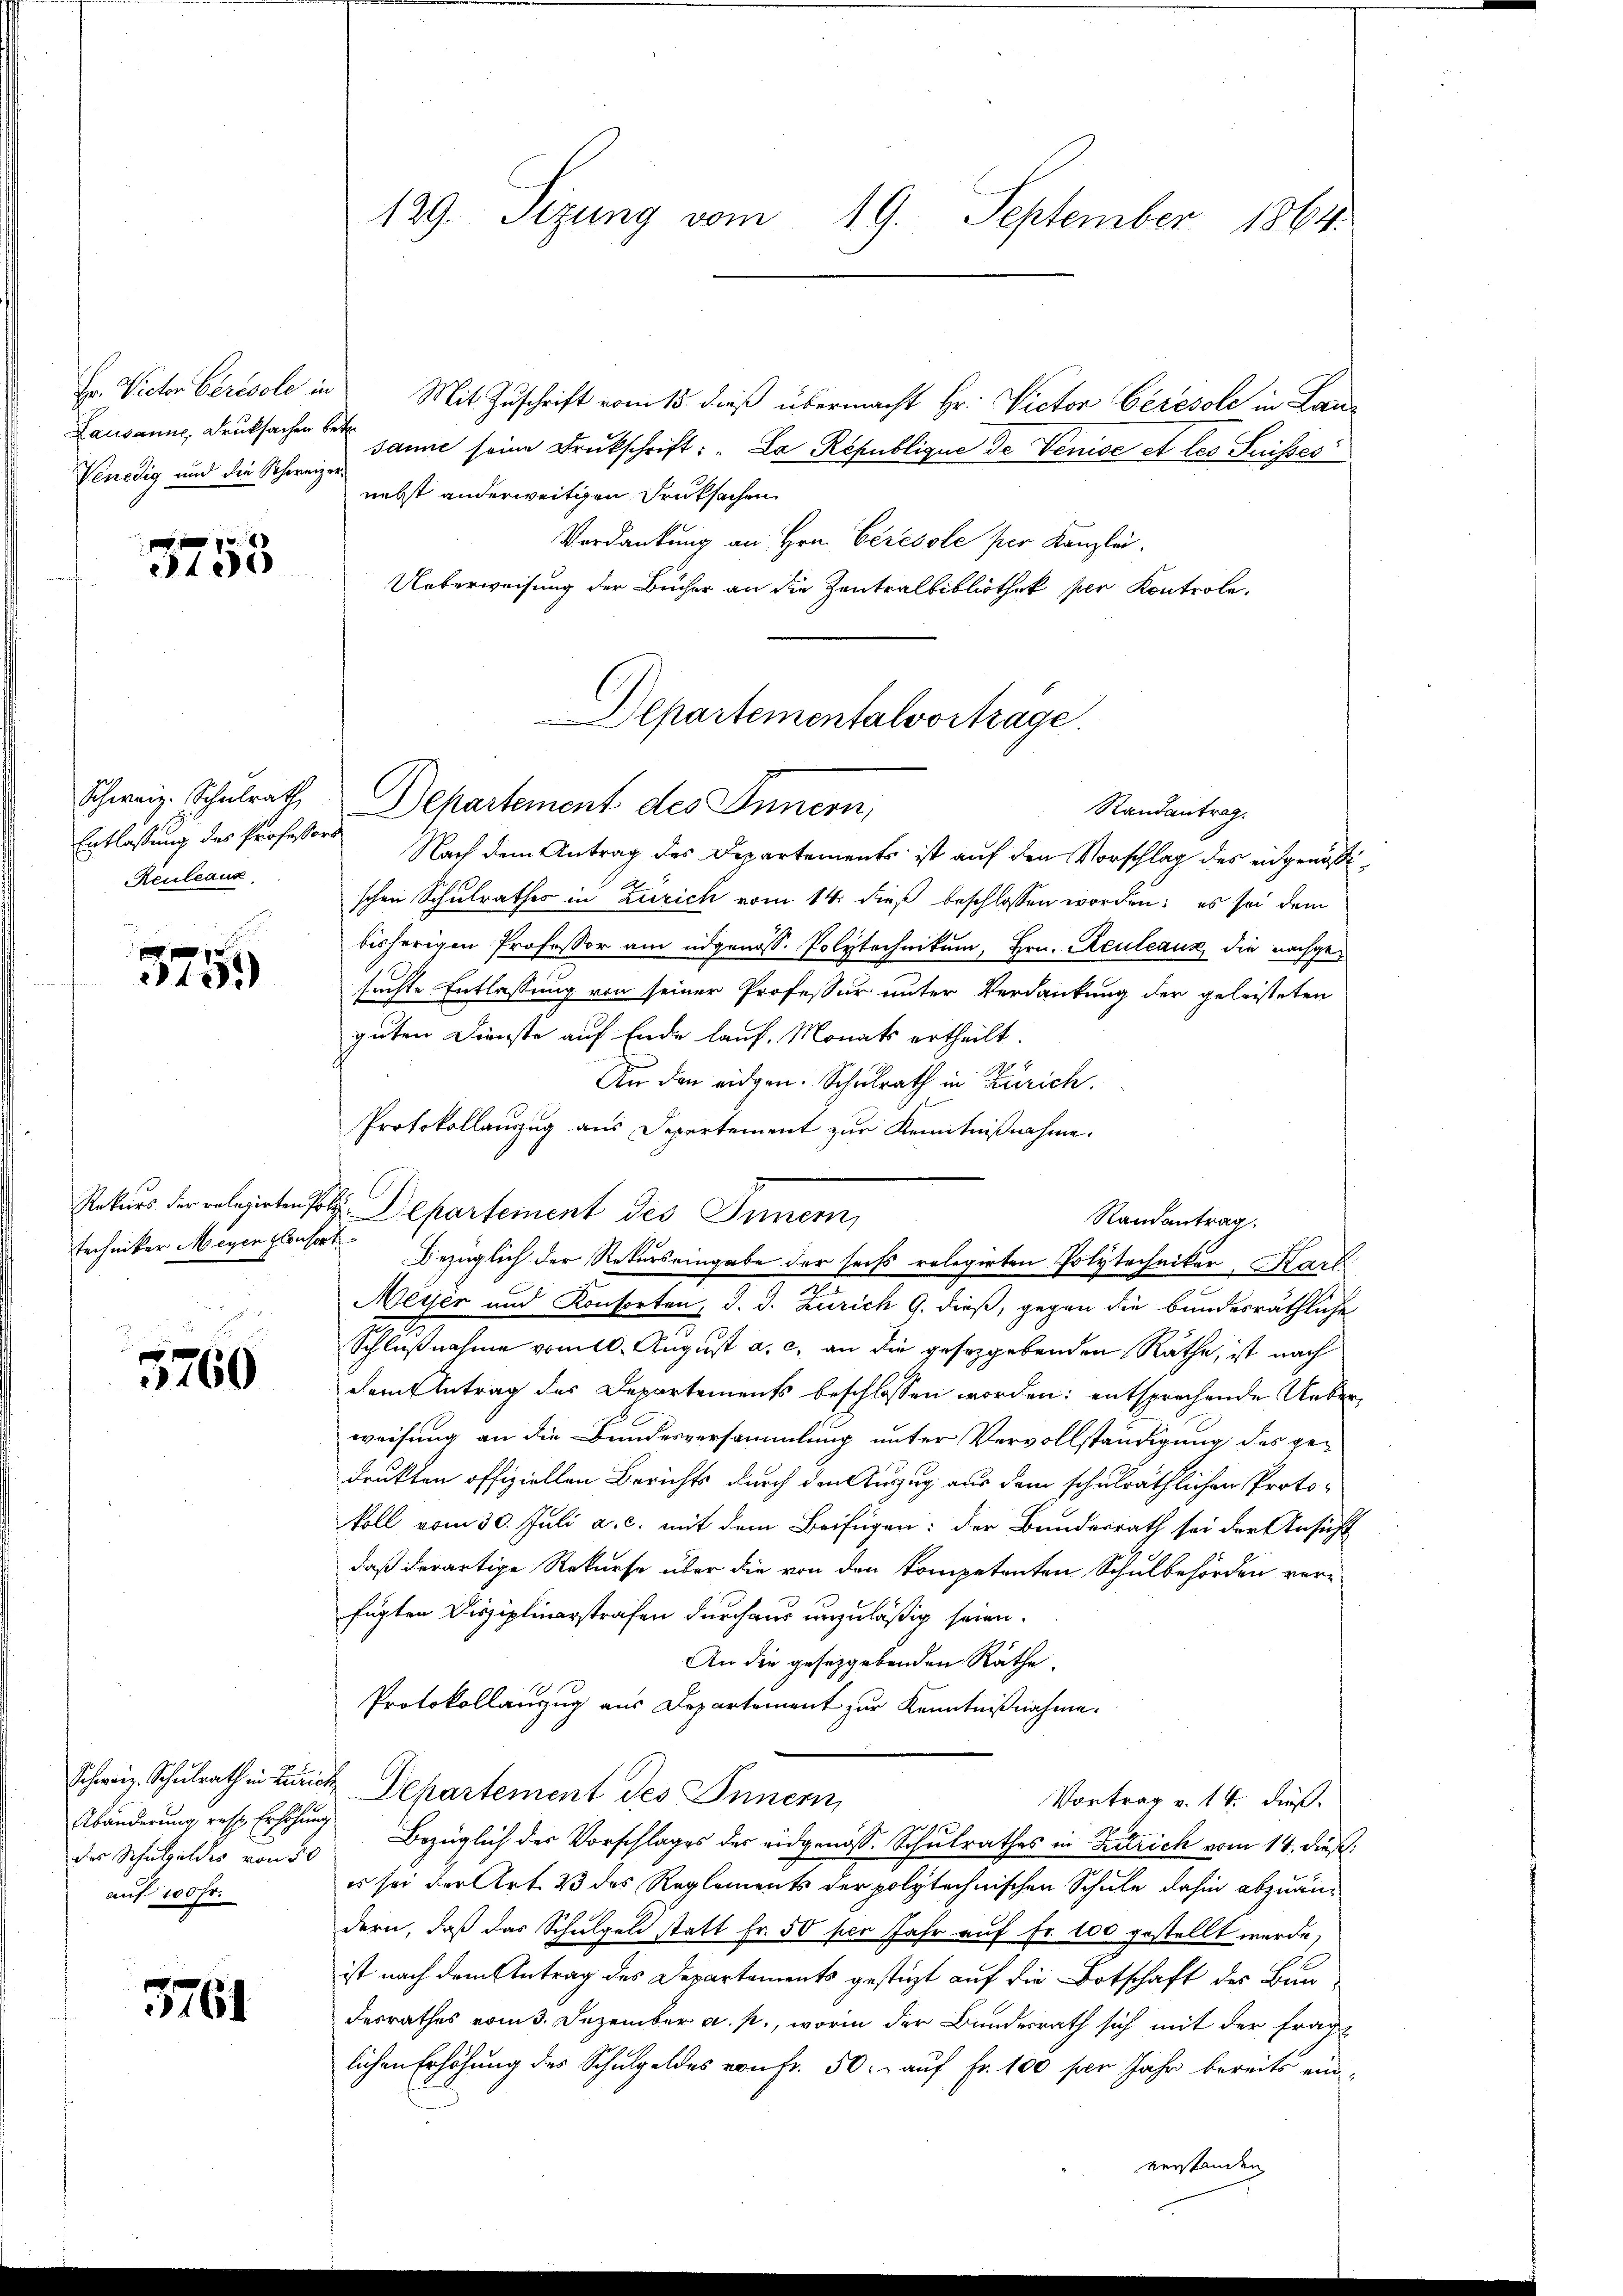
Hr. Victor Chrisole in
Venedig und die Schweize

3753

Schweiz. Schulrath
Entlassung des Professor
Rculeaux,

e
49.)

techniker Meyen Consor

x
760

Schweiz. Schulrath in Zürich,
des Schulgeldes von 50
auf 10fr.

3761

129. Sizung vom 19. September 1864.

Mit Zuschrift vom 15. dieß übermacht Hr. Victor Cérécole in Lan¬
Lausanne, Drucksachen danne seine Drukschrift: „La République de Venise et les Suisses
nebst anderweitigen Druksachen
Verdankung an Hrn. Ceresole per Kanzlei.
Ueberweisung der Bücher an die Zentralbibliothek per Kontrole.
 Nach dem Antrag des Departements ist auf den Vorschlag des eidgenößischen Schulrathes in Zürich vom 14. dieß beschlossen worden; es sei dem
bisherigen Professor am eidgenöss. Polytechnikum, Hrn. Keuleaux die nachgesuchte Entlassung von seiner Professur unter Verdankung der geleisteten
guten Dienste auf Ende lauf. Monats ertheilt.
An den eidgen. Schulrath in Zürich.
Protokollanzug aus Departement zur Kenntnißnahme.
Pakurs der relazirten solle Departement des Innern,
Randantrag
t
Meyer und Konsorten, d. J. Zürich G. dieß, gegen die bundesräthliche
Schlußnahme vom 10. August a. c. an die gesetzgebenden Räthe, ist nach
dem Antrag des Departements beschlossen worden; entsprechende Ueberweisung an die Bundesversammlung unter Vervollständigung des gedrukten offiziellen Berichts durch den Auszug aus dem schulräthlichen Protokoll vom 30. Juli a.c. mit dem Beifügen: der Bundesrath sei der Ansicht
daß derartige Rekurse über die von den kompetenten Schulbehörden ver-
fügten Disziplinarstrafen durchaus unzuläßig seien.
An die gesetzgebenden Rathe.
Protokollauszug aus Departement zur Kenntnißnahme.
 Departement des Innern,
Vortrag v. 14. dieß.
Abänderung resp. Erhöhung bezüglich der Vorschlages der eidgenöss. Schulrathes in Zutrich vom 14. dieß:
es sei der Art. 23 des Reglements der polytechnischen Schule dahin abzuändern, daß das Schulgeld statt Fr. 50 per Jahr auf Fr. 100 gestellt werde,
ist nach dem Antrag des Departements gestüzt auf die Botschaft der Bun
desrathes vom 3. Dezember a. p., worin der Bundesrath sich mit der fragt
lichen Erhöhung des Schulgeldes von Fr. 50. auf Fr. 100 per Jahr bereits ein

DDepartementalvortrage.
Dehartement des Innern,
Randantrag.

Bezüglich der Rekurs eingabe der sechs relegirten Polytechniker, Kart